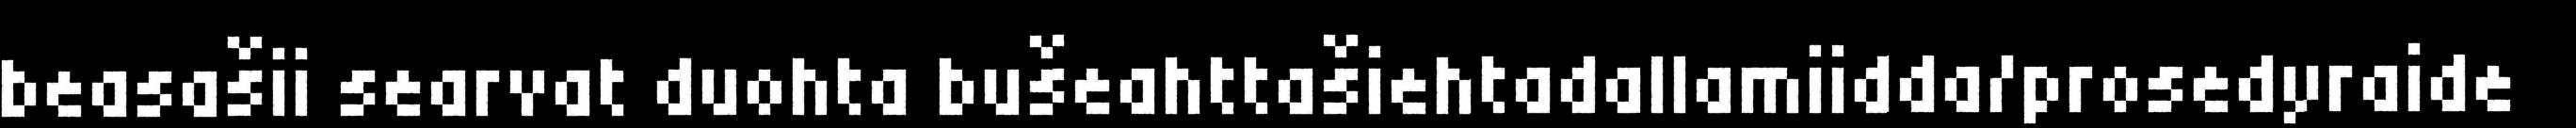
beasašii searvat duohta bušeahttašiehtadallamiidda/prosedyraide